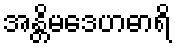
အန္တိမဒေဟဓာရိ